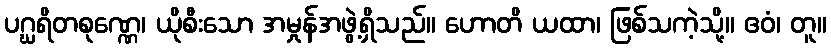
ပဂ္ဃရိတစုဏ္ဏေ၊ ယိုစီးသော အမှုန်အဖွဲ့ရှိသည်။ ဟောတိ ယထာ၊ ဖြစ်သကဲ့သို့။ ဧဝံ၊ တူ။